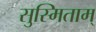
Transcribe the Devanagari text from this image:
सुस्मिताम्